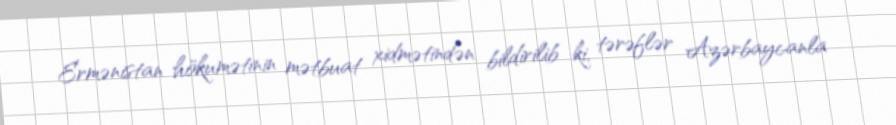
Ermənistan hökumətinin mətbuat xidmətindən bildirilib ki, tərəflər Azərbaycanla